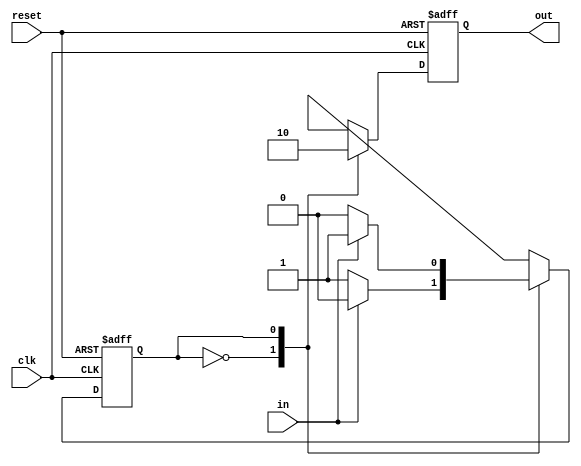
`timescale 1ns/1ps
module fsm (output reg out, input wire clk, reset, in);

    reg state;
    parameter B=0, A=1;

    always @(posedge clk or negedge reset)
    if(reset==1'b0)
        begin
        state=B;
        out=1;
        end
    else
        begin
        case (state)
        B:
            begin
                out=1;
                if(in==0) 
					state=A;
                else
					state=B;
            end
        A:
            begin
                out=0;
                if(in==0) 
					state=B;
                else 
					state=A;
            end
        default: state=B;
        endcase
    end
endmodule